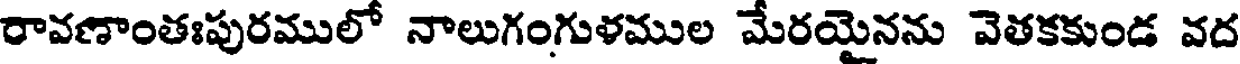
రావణాంతఃపురములో నాలుగంగుళముల మేరయైనను వెతకకుండ వద